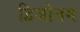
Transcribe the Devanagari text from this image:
द्विजोत्तम